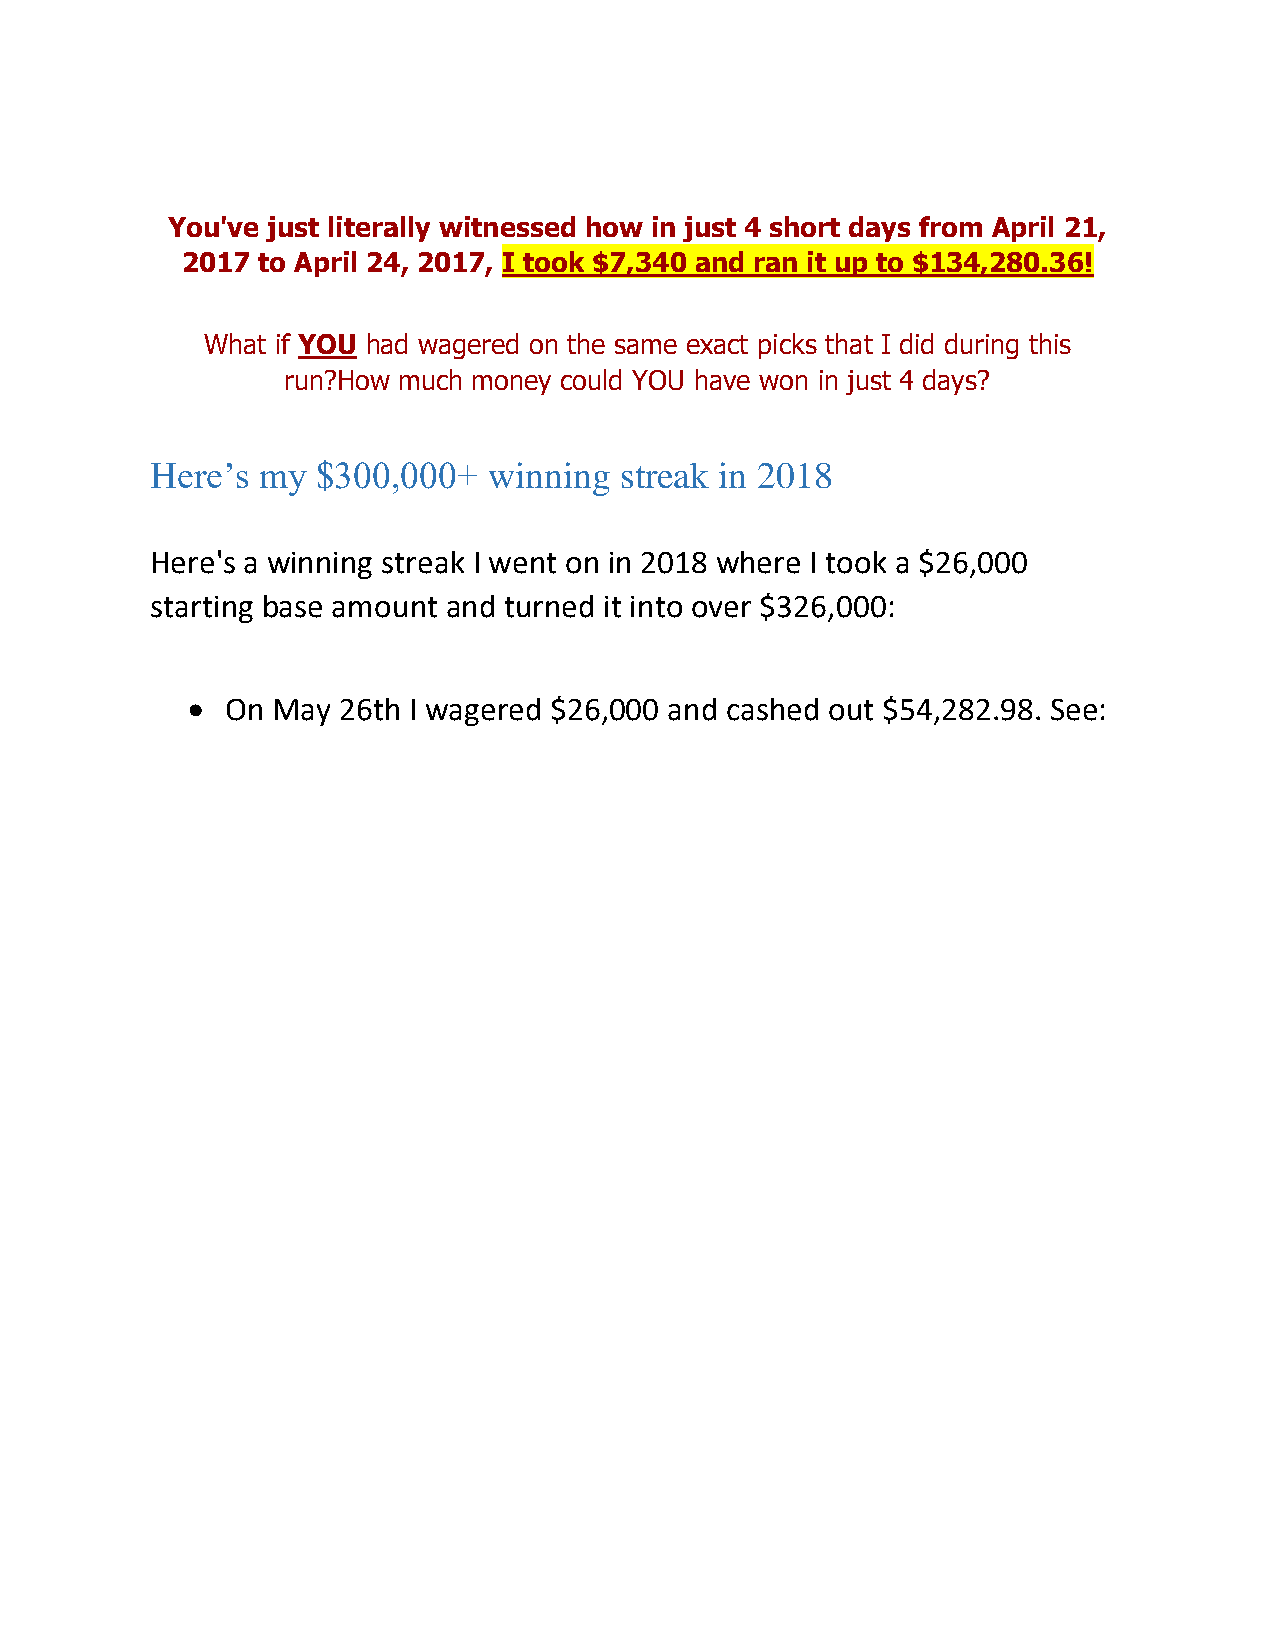
You've just literally witnessed how in just 4 short days from April 21,
 2017 to April 24, 2017, I took $7,340 and ran it up to $134,280.36!
 What if YOU had wagered on the same exact picks that I did during this
 run?How much money could YOU have won in just 4 days?
 Here’s my  $300,000+  winning  streak in 2018
 Here's a winning streak I went on in 2018 where I took a $26,000
 starting base amount and turned it into over $326,000:
 •  On May 26th I wagered $26,000 and cashed out $54,282.98. See: